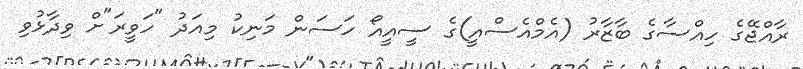
ރާއްޖޭގެ ހިއްސާގެ ބާޒާރު (އެމްއެސްއީ)ގެ ސީއީއޯ ހަސަން މަނިކު މިއަދު "ހަވީރަ"ށް ވިދާޅުވި